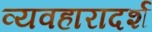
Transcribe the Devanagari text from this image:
व्‍यवहारादर्श